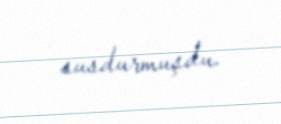
susdurmuşdu.